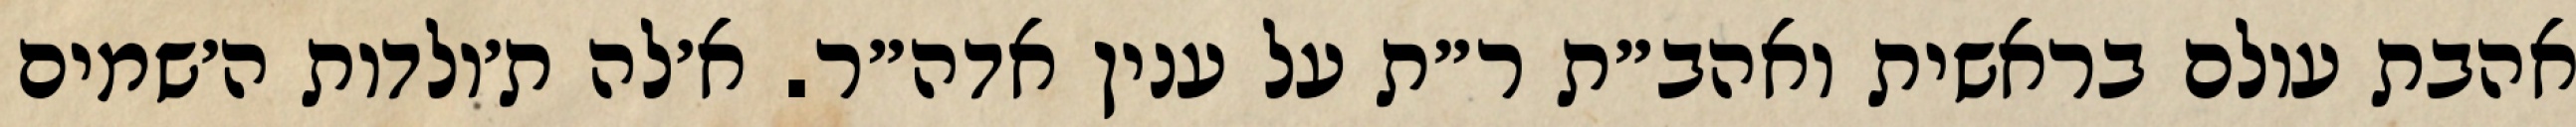
אהבת עולם בראשית ואהב״ת ר״ת על ענין אדה״ר. א׳לה ת׳ולדות ה׳שמים